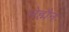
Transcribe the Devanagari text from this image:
लेह्मैन